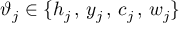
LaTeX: \vartheta _ { j } \in \{ h _ { j } \, , \, y _ { j } \, , \, c _ { j } \, , \, w _ { j } \}